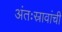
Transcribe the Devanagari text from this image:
अंतःस्रावांची